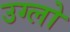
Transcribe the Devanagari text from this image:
उग्लो